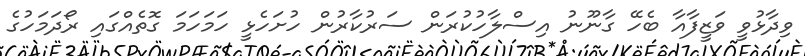
ވިދާޅުވީ ވަޒީފާއާ ބެހޭ ގާނޫނު އިސްލާހުކުރަން ސަރުކާރުން ހުށަހެޅީ ހަމަހަމަ ގޮތެއްގައި ރޯދަމަހުގެ